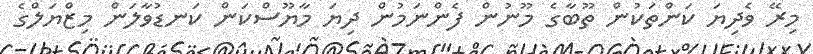
މިރޭ ވެދިޔަ ކަންތަކުން ތޫބާގެ މޫނުން ފެންނަމުން ދިޔަ މާޔޫސްކަން ކަނޑުވާލަން މިޒްޔަލްގެ